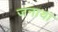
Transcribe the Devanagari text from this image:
जनाया